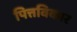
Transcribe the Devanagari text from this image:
पित्तविकार